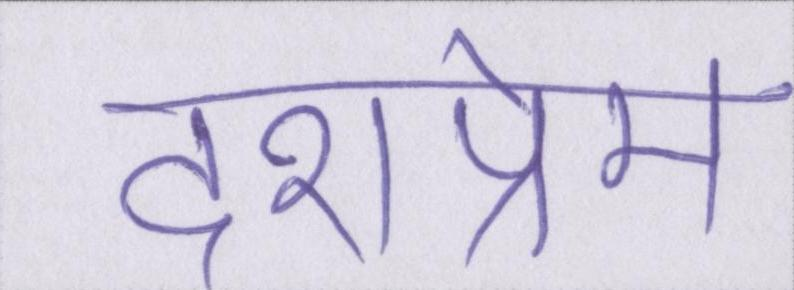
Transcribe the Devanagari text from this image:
देशप्रेम